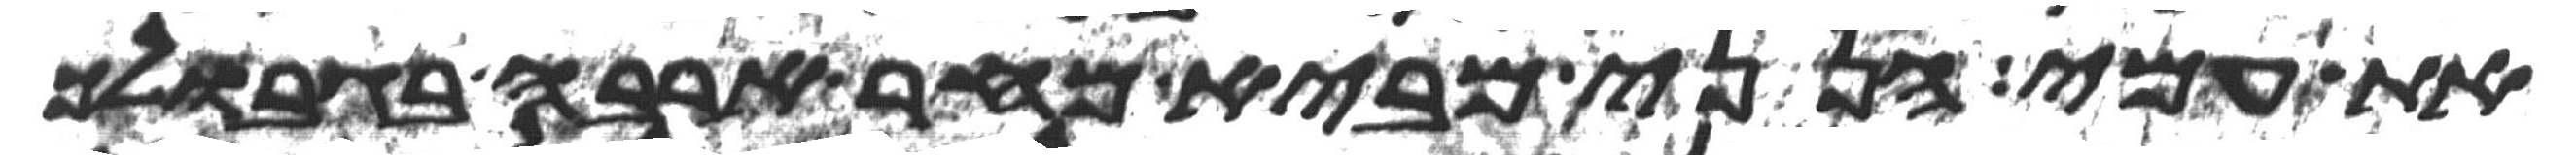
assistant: את עמי הנני מביא מחר ארבה בגבולך